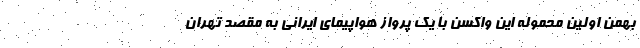
بهمن اولین محموله این واکسن با یک پرواز هواپیمای ایرانی به مقصد تهران